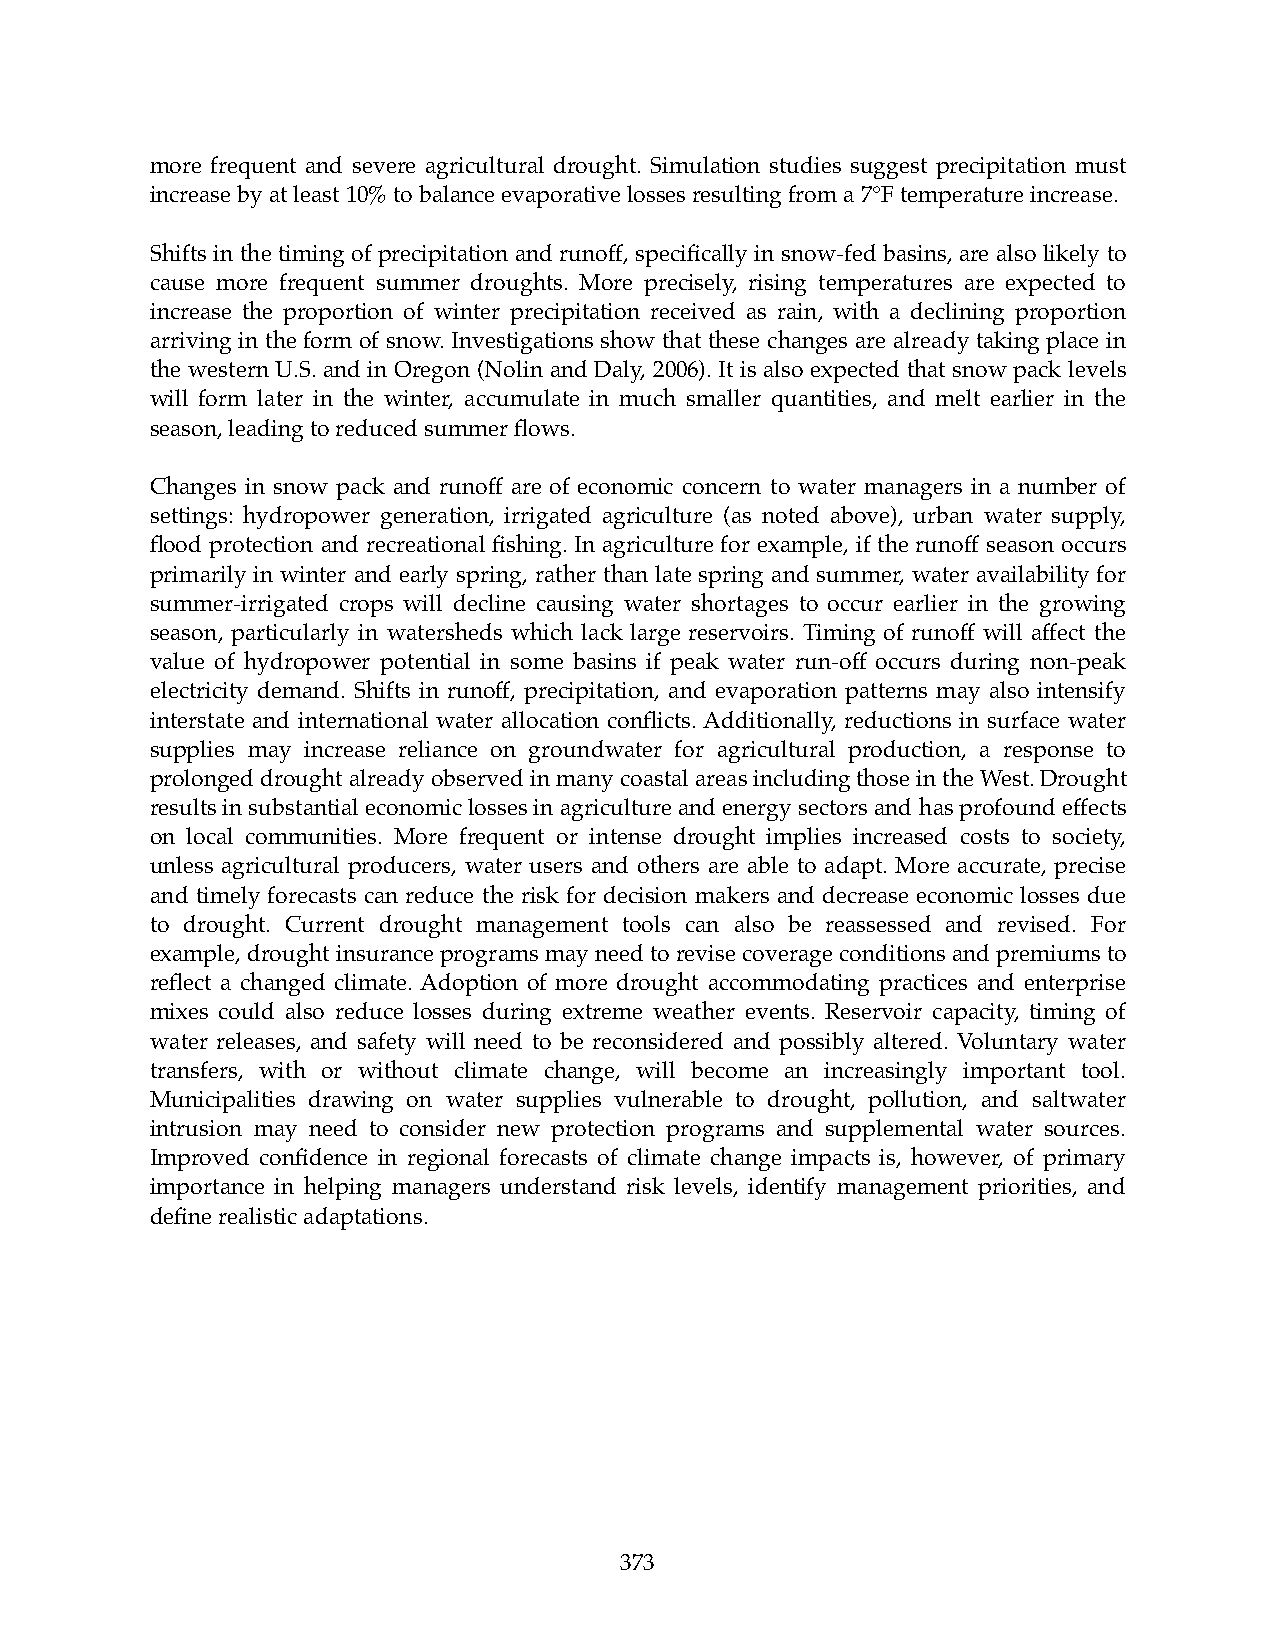
more frequent and severe agricultural drought. Simulation studies suggest precipitation must
 increase by at least 10% to balance evaporative losses resulting from a 7°F temperature increase.
 Shifts in the timing of precipitation and runoff, specifically in snow-fed basins, are also likely to
 cause more frequent summer droughts. More precisely, rising temperatures are expected to
 increase the proportion of winter precipitation received as rain, with a declining proportion
 arriving in the form of snow. Investigations show that these changes are already taking place in
 the western U.S. and in Oregon (Nolin and Daly, 2006). It is also expected that snow pack levels
 will form later in the winter, accumulate in much smaller quantities, and melt earlier in the
 season, leading to reduced summer flows.
 Changes in snow pack and runoff are of economic concern to water managers in a number of
 settings: hydropower generation, irrigated agriculture (as noted above), urban water supply,
 flood protection and recreational fishing. In agriculture for example, if the runoff season occurs
 primarily in winter and early spring, rather than late spring and summer, water availability for
 summer-irrigated crops will decline causing water shortages to occur earlier in the growing
 season, particularly in watersheds which lack large reservoirs. Timing of runoff will affect the
 value of hydropower potential in some basins if peak water run-off occurs during non-peak
 electricity demand. Shifts in runoff, precipitation, and evaporation patterns may also intensify
 interstate and international water allocation conflicts. Additionally, reductions in surface water
 supplies may increase reliance on groundwater for agricultural production, a response to
 prolonged drought already observed in many coastal areas including those in the West. Drought
 results in substantial economic losses in agriculture and energy sectors and has profound effects
 on local communities. More frequent or intense drought implies increased costs to society,
 unless agricultural producers, water users and others are able to adapt. More accurate, precise
 and timely forecasts can reduce the risk for decision makers and decrease economic losses due
 to drought. Current drought management tools can also be reassessed and revised. For
 example, drought insurance programs may need to revise coverage conditions and premiums to
 reflect a changed climate. Adoption of more drought accommodating practices and enterprise
 mixes could also reduce losses during extreme weather events. Reservoir capacity, timing of
 water releases, and safety will need to be reconsidered and possibly altered. Voluntary water
 transfers, with or without climate change, will become an increasingly important tool.
 Municipalities drawing on water supplies vulnerable to drought, pollution, and saltwater
 intrusion may need to consider new protection programs and supplemental water sources.
 Improved confidence in regional forecasts of climate change impacts is, however, of primary
 importance in helping managers understand risk levels, identify management priorities, and
 define realistic adaptations.
 373